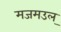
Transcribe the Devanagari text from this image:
मजमउल्